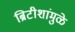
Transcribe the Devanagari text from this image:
ब्रिटीशांमुळे